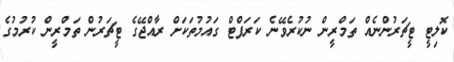
ކޮލިޓީ ޓީޗަރުންނެއް ތަމްރީން ނުކުރެވޭނެ ކަރަޕްޓް ގައުމުތަކަށް ރާއްޖޭގެ ޓީޗަރުން ތަމްރީން ކުރުމުގެ